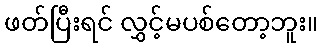
ဖတ်ပြီးရင် လွှင့်မပစ်တော့ဘူး။